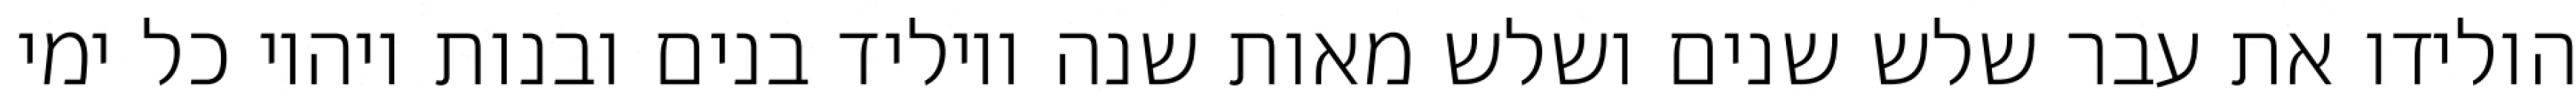
הולידו את עבר שלש שנים ושלש מאות שנה ויוליד בנים ובנות ויהיו כל ימי